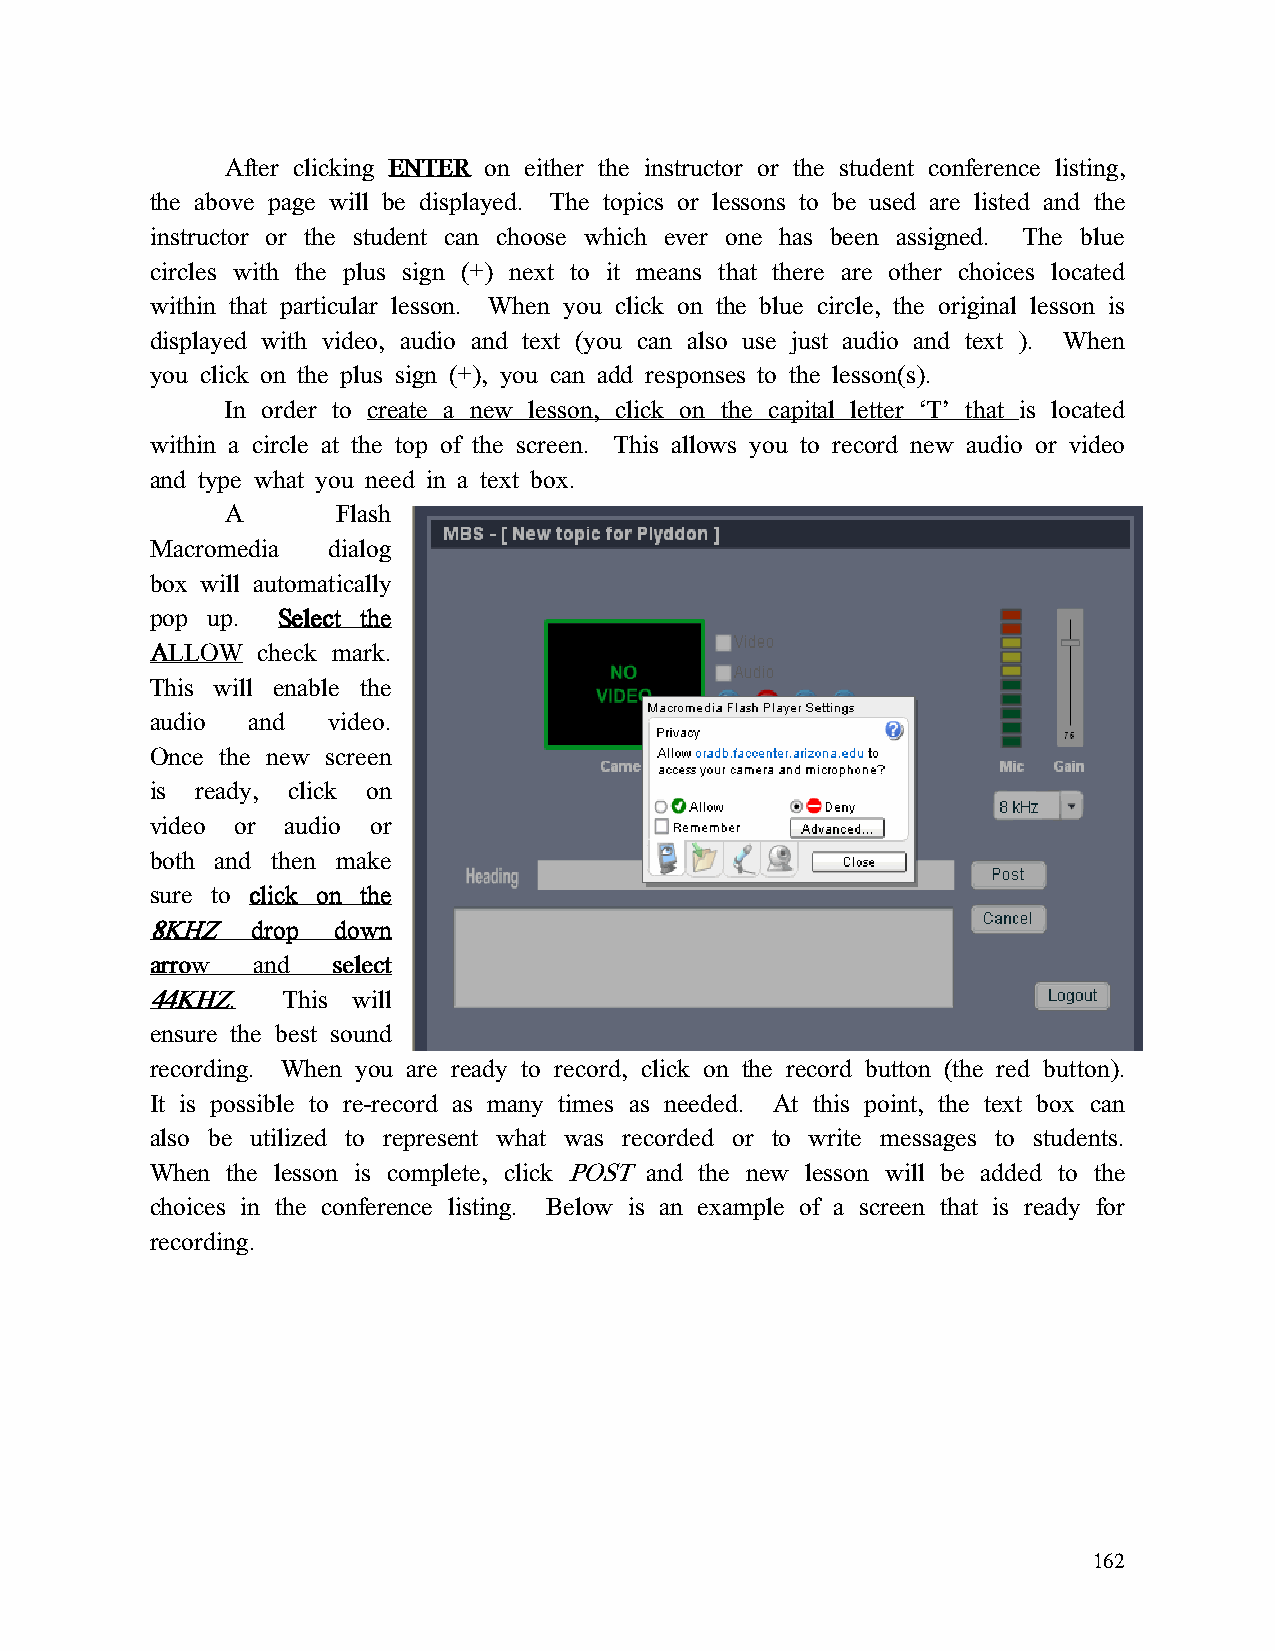
After clicking EEEENNNNTTTTEEEERRRR on either the instructor or the student conference listing,
 the above page will be displayed. The topics or lessons to be used are listed and the
 instructor or the student can choose which ever one has been assigned. The blue
 circles with the plus sign (+) next to it means that there are other choices located
 within that particular lesson. When you click on the blue circle, the original lesson is
 displayed with video, audio and text (you can also use just audio and text ). When
 you click on the plus sign (+), you can add responses to the lesson(s).
 In order to create a new lesson, click on the capital letter ‘T’ that is located
 within a circle at the top of the screen. This allows you to record new audio or video
 and type what you need in a text box.
 A      Flash
 Macromedia  dialog
 box will automatically
 pop up. SSSSeeeelllleeeecccctttt tttthhhheeee
 AAAALLLLLLLLOOOOWWWW check mark.
 This will enable the
 audio  and  video.
 Once the new screen
 is ready, click on
 video or audio or
 both and then make
 sure to cccclllliiiicccckkkk oooonnnn tttthhhheeee
 8888KKKKHHHHZZZZ ddddrrrroooopppp ddddoooowwwwnnnn
 aaaarrrrrrrroooowwww aaaannnndddd sssseeeelllleeeecccctttt
 44444444KKKKHHHHZZZZ.... This will
 ensure the best sound
 recording. When you are ready to record, click on the record button (the red button).
 It is possible to re-record as many times as needed. At this point, the text box can
 also be utilized to represent what was recorded or to write messages to students.
 When the lesson is complete, click POST and the new lesson will be added to the
 choices in the conference listing. Below is an example of a screen that is ready for
 recording.
 162